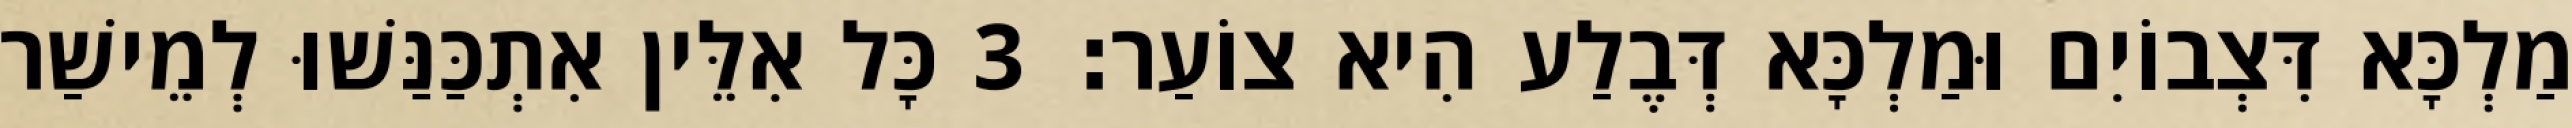
מַלְכָּא דִּצְבוֹיִם וּמַלְכָּא דְּבֶלַע הִיא צוֹעַר׃ 3 כָּל אִלֵּין אִתְכַּנַּשׁוּ לְמֵישַׁר